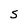
Character: s